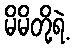
မိမိတို့ရဲ့